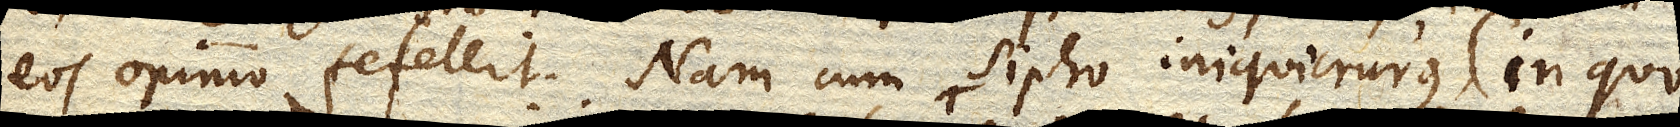
eos opinio fefellit. Nam cum Sipho iniquicrurus (in quo